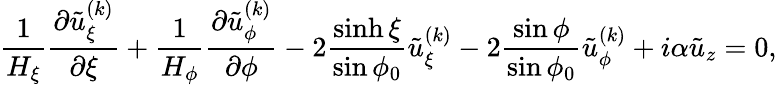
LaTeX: \frac{1}{H_{\xi}}\frac{\partial\tilde{u}_{\xi}^{(k)}}{\partial\xi}+\frac{1}{H_{\phi}}\frac{\partial\tilde{u}_{\phi}^{(k)}}{\partial\phi}-2\frac{\sinh\xi}{\sin\phi_{0}}\tilde{u}_{\xi}^{(k)}-2\frac{\sin\phi}{\sin\phi_{0}}\tilde{u}_{\phi}^{(k)}+i\alpha\tilde{u}_{z}=0,